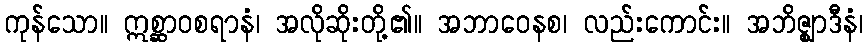
ကုန်သော။ ဣစ္ဆာဝစရာနံ၊ အလိုဆိုးတို့၏။ အဘာဝေနစ၊ လည်းကောင်း။ အဘိဇ္ဈာဒီနံ၊